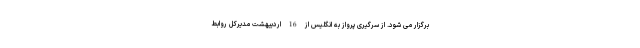
برگزار می شود. از سرگیری پرواز به انگلیس از 16 اردیبهشت‌ مدیرکل روابط